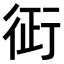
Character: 𧗪